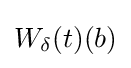
W_{\delta }(t)({b})